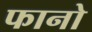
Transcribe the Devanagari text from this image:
फानो